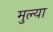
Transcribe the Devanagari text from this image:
मुल्या